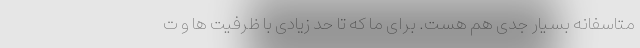
متاسفانه بسیار جدی هم هست. برای ما که تا حد زیادی با ظرفیت ها و ت